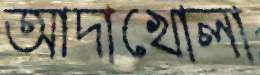
আদাখোলা